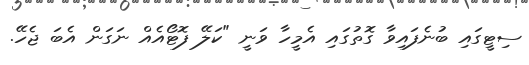
ސިޓީގައި ބުނެފައިވާ ގޮތުގައި އެމީހާ ވަނީ "ކަލޭ ފޮޓޯއެއް ނަގަން އެބަ ޖެހޭ.